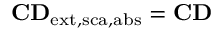
\mathbf { C D } _ { \mathrm { { e x t , s c a , a b s } } } = \mathbf { C D }